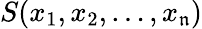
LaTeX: S(x_{1},x_{2},\ldots,x_{\mathfrak{n}})